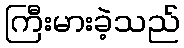
ကြီးမားခဲ့သည်